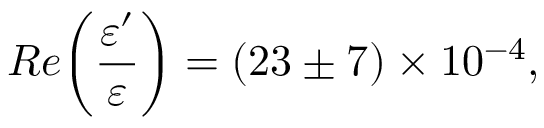
R e \biggl ( \frac { \varepsilon ^ { \prime } } { \varepsilon } \biggr ) = ( 2 3 \pm 7 ) \times 1 0 ^ { - 4 } , \, \, \, \, \, \,